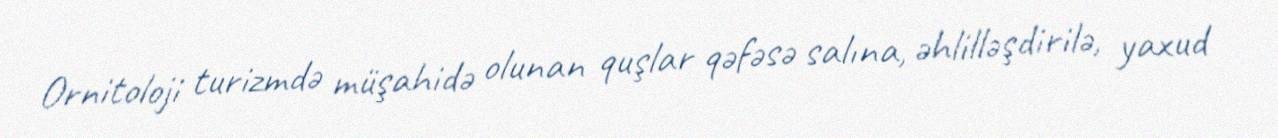
Ornitoloji turizmdə müşahidə olunan quşlar qəfəsə salına, əhlilləşdirilə, yaxud